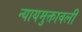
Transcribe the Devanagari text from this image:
न्यायमुक्तावली